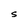
Character: S